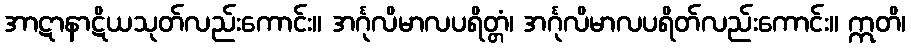
အာဋာနာဋိယသုတ်လည်းကောင်း။ အင်္ဂုလိမာလပရိတ္တံ၊ အင်္ဂုလိမာလပရိတ်လည်းကောင်း။ ဣတိ၊